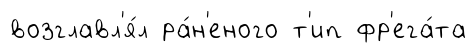
возглавл'я́л ра́н'еного т'ип фр'ега́та